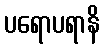
ပရောပရာနိ